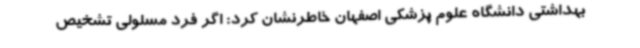
بهداشتی دانشگاه علوم پزشکی اصفهان خاطرنشان کرد: اگر فرد مسلولی تشخیص